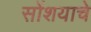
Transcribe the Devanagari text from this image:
सोंशयाचे